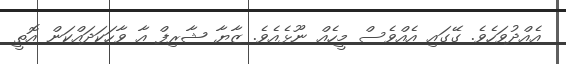
އެއްދުވަހެވެ. ގޭގައި އެއްވެސް މީހެއް ނޫޅެއެވެ. ޒާޔާ ޝާރިފް އާ ވާހަކަދައްކަން އޮތީ